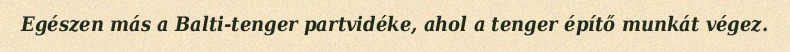
Egészen más a Balti-tenger partvidéke, ahol a tenger építő munkát végez.